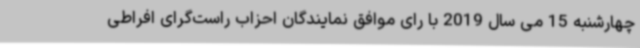
چهارشنبه 15 می سال 2019 با رای موافق نمایندگان احزاب راست‌گرای افراطی